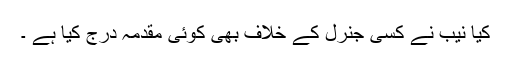
کیا نیب نے کسی جنرل کے خلاف بھی کوئی مقدمہ درج کیا ہے ۔